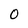
Character: O